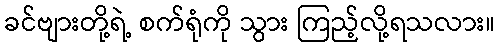
ခင်ဗျားတို့ရဲ့ စက်ရုံကို သွား ကြည့်လို့ရသလား။